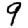
Digit: 9